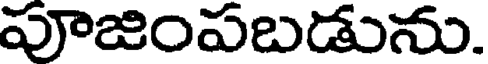
పూజింపబడును.